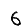
Digit: 6